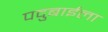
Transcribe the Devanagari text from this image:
पदुबाईला